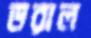
ডরাল